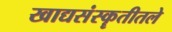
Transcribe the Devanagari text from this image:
खाद्यसंस्कॄतीतले